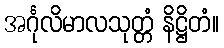
အင်္ဂုလိမာလသုတ္တံ နိဋ္ဌိတံ။